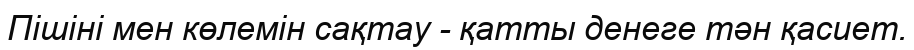
Пішіні мен көлемін сақтау - қатты денеге тән қасиет.